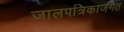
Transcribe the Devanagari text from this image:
जालपत्रिकाजगत